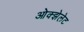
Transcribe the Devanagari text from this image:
ओक्झेलेट